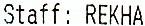
STAFF: REKHA